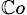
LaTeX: _{\mathbb{C}o}